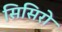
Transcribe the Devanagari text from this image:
सिसिरो